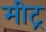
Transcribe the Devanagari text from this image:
मीट्र